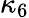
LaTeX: \kappa_{6}